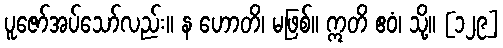
ပူဇော်အပ်သော်လည်း။ န ဟောတိ၊ မဖြစ်။ ဣတိ ဧဝံ၊ သို့။ [၁၂၉]